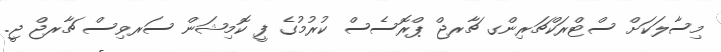
މިސާލަކަށް ސްޓްރަކްޗަރިންގ ޗާރޖް ޕްރޮސެސް ކުރުމުގެ ފީ ކޮމިޝަން ސަރވިސް ޗާރޖް ޖީ.